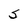
Character: S